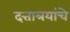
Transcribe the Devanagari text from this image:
दत्तात्रयांचे